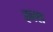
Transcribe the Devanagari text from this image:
हबश